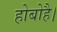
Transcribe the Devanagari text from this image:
होबोहै।